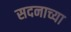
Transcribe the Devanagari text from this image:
सदनाच्या